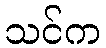
သင်က